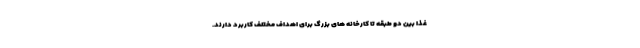
غذا بین دو طبقه تا کارخانه های بزرگ برای اهداف مختلف کاربرد دارند.